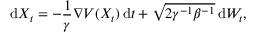
\mathrm { d } X _ { t } = - \frac { 1 } { \gamma } \nabla V ( X _ { t } ) \, \mathrm { d } t + \sqrt { 2 \gamma ^ { - 1 } \beta ^ { - 1 } } \, \mathrm { d } W _ { t } ,